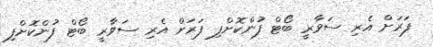
ފަރަށް އެރި ސަވާރީ ބޯޓް ފުންކޮށްފި ފަރަށް އެރި ސަވާރީ ބޯޓް ފުންކޮށްފި